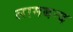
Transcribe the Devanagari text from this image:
लामबन्द